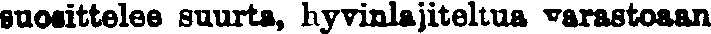
suorittelee suurta, hyvinlajiteltua varastoaan